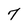
Character: 7